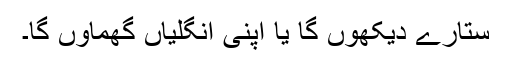
ستارے دیکھوں گا یا اپنی انگلیاں گھماؤں گا۔